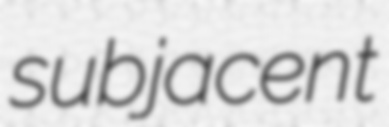
subjacent